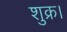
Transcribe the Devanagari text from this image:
शुक्र।